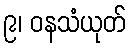
၉၊ ဝနသံယုတ်